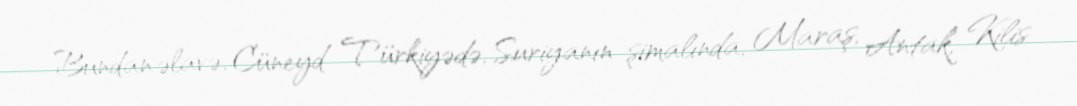
Bundan əlavə, Cüneyd Türkiyədə, Suriyanın şimalında, Maraş, Antak, Kilis